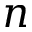
n